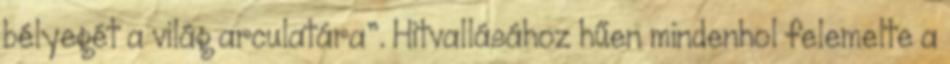
bélyegét a világ arculatára”. Hitvallásához hűen mindenhol felemelte a